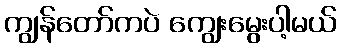
ကျွန်တော်ကပဲ ကျွေးမွေးပါ့မယ်